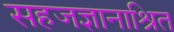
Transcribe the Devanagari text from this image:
सहजज्ञानाश्रित